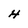
Character: H